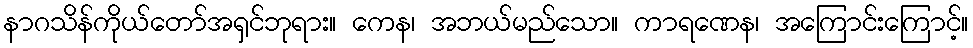
နာဂသိန်ကိုယ်တော်အရှင်ဘုရား။ ကေန၊ အဘယ်မည်သော။ ကာရဏေန၊ အကြောင်းကြောင့်။